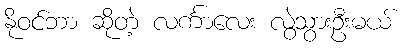
နိုဝင်ဘာ ဆိုတဲ့ လင်္ကာလေး လွဲသွားဦးမယ်